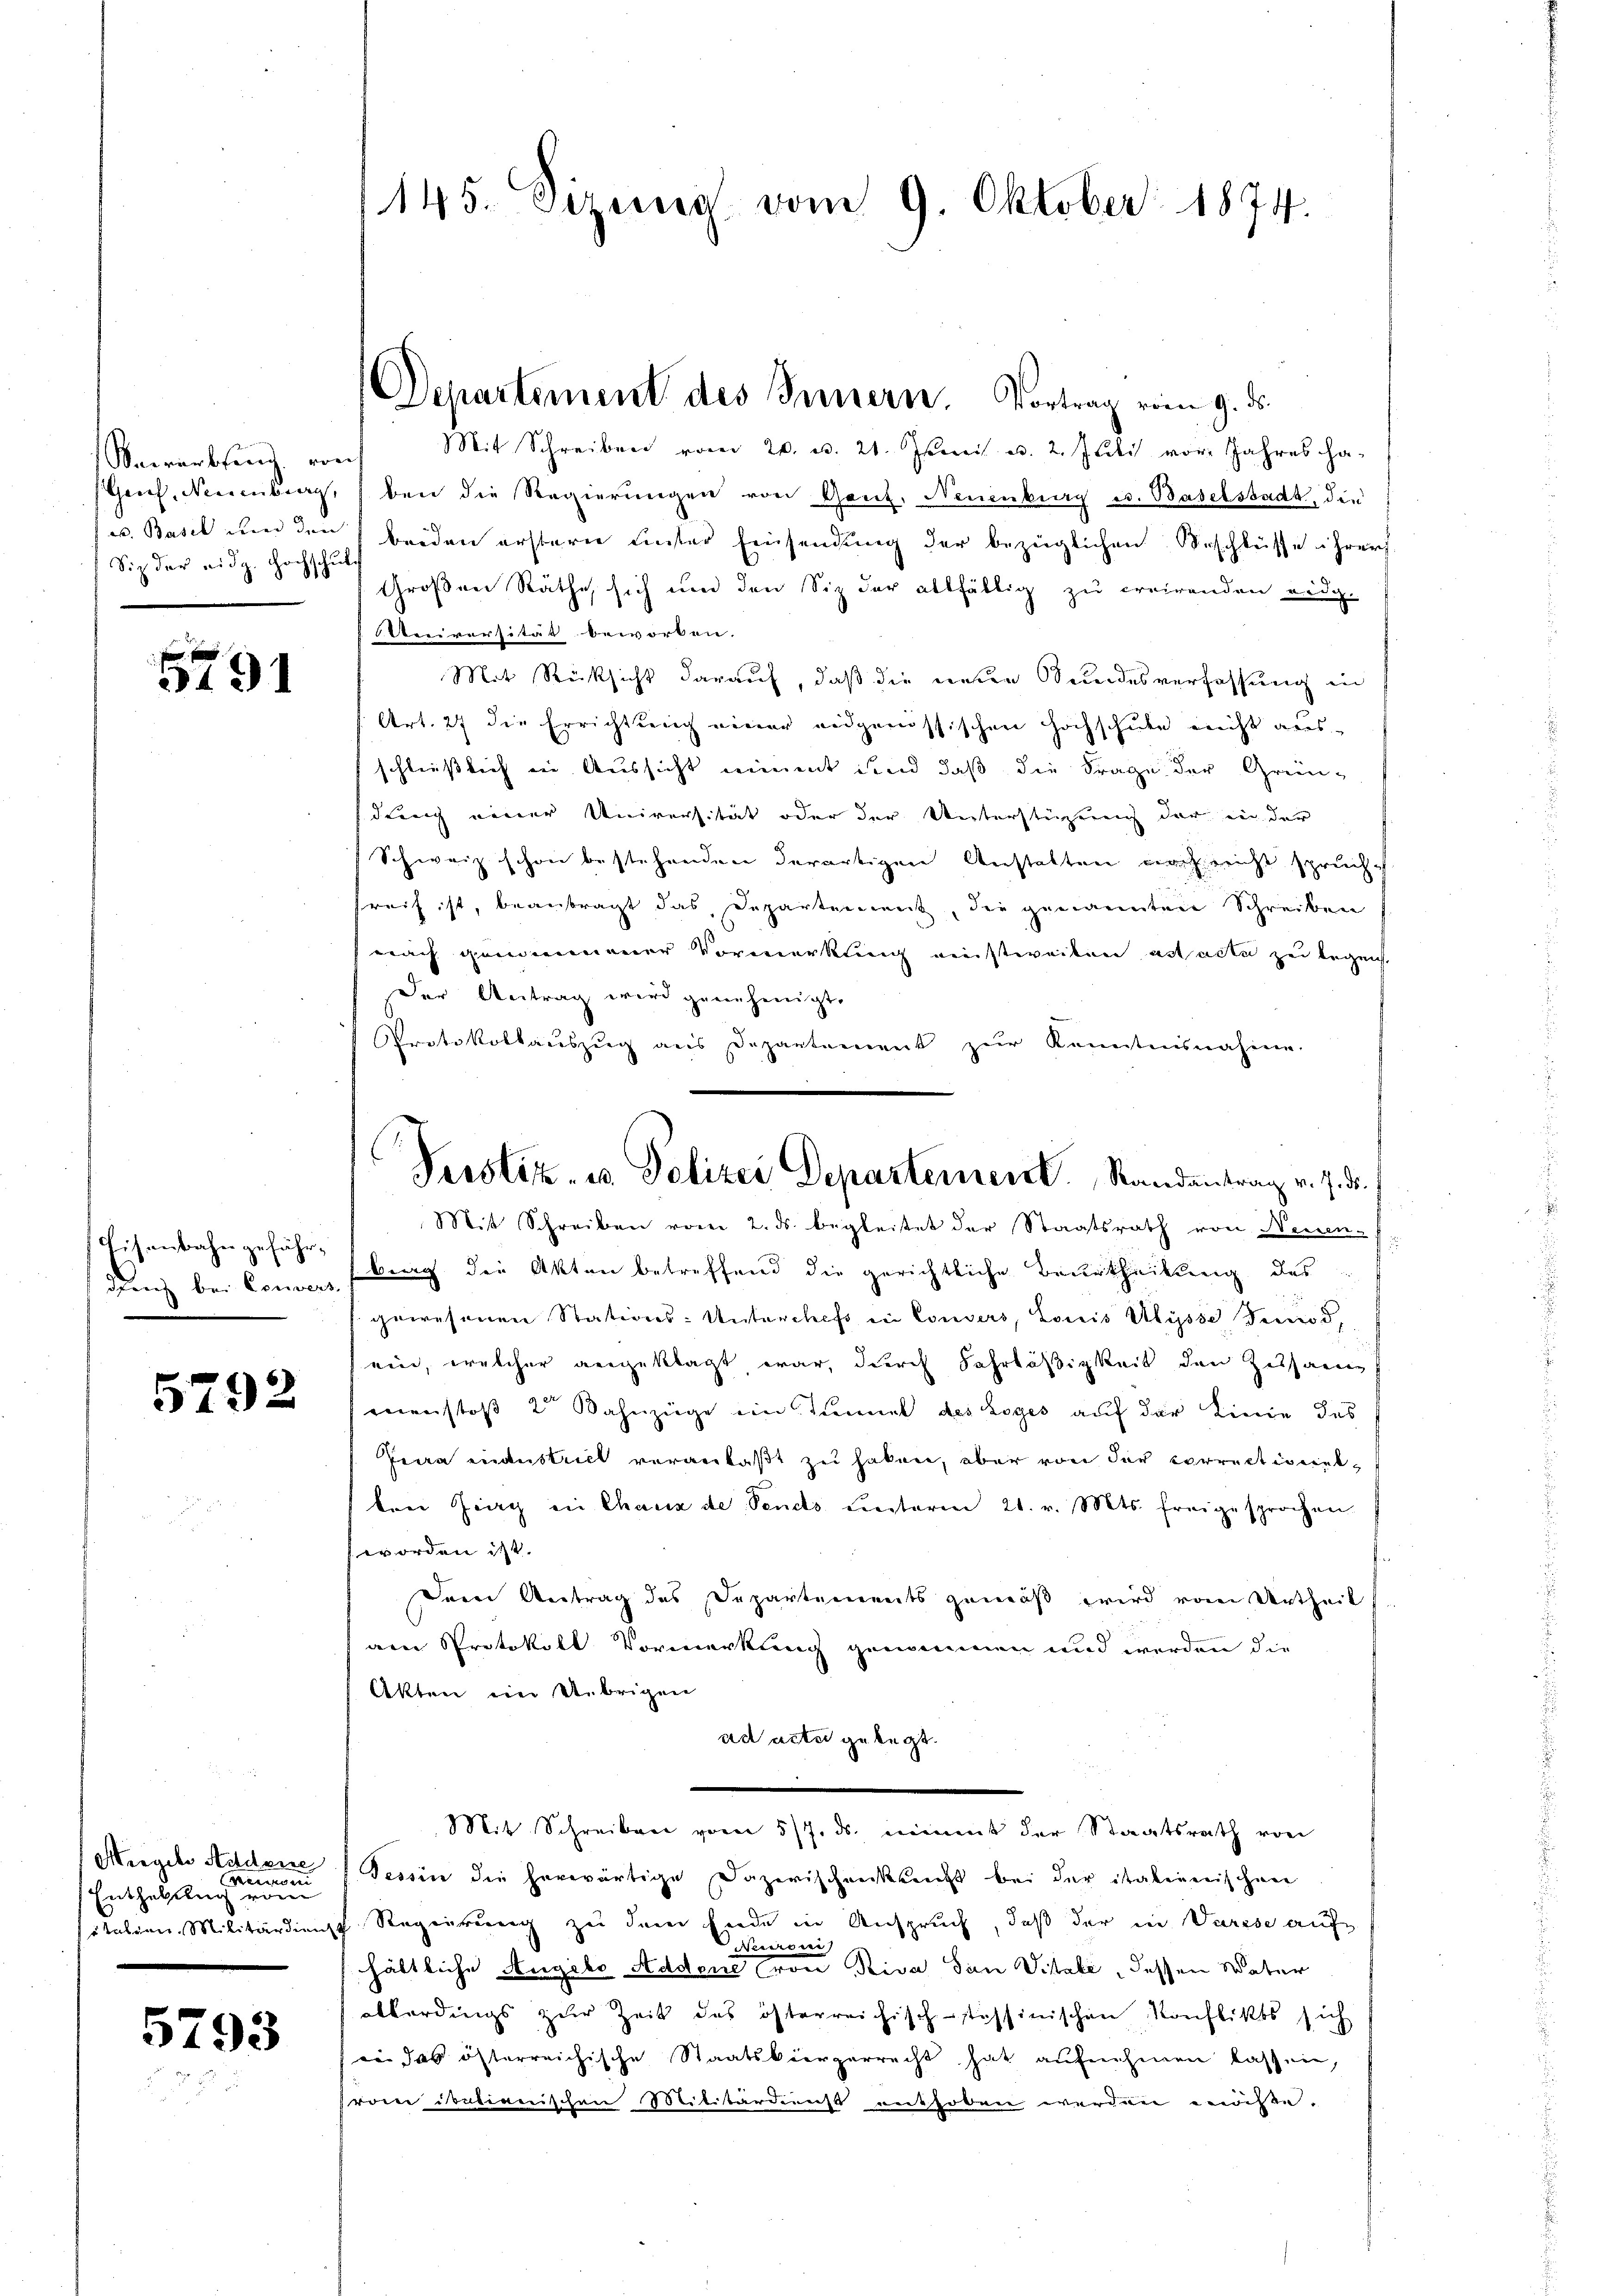
Vaerarbsing von
Gaul, Neuenburg,
a. Basil und den
Siz der eidg. Hochschul

R
5791

Eisenbahn gefähr-
denz bei Convers

5792

Hiegel Aidene
een |
Enthaltung einen
Italien. Militärdient

5793

145. Sizung vom 9. Oktober 1874.

Departement des Innern. Vortrag vom 9. ds.

Perstitz- u Polizei Departement. Randantrag v. 7. d.

Mit Schreiben vom 20. u. 21. Juni u. 2. Juli vor. Jahres ha-
ben die Regierungen von Ganz, Neuenburg u. Baselstadt, die
beiden erstern unter Einsendung der bezüglichen Beschlüsse ihrer
Großen Räthe, sich und den Siz der allfällig zu creirenden eidg-
. Universität beworken.
Mit Rücksicht darauf, daß die neue Bundesverfassung in
Art. 27 die Errichtung einer eidgenössischen Hochschule nicht aus-
schließlich in Aussicht nimmt und daß die Frage der Grün-
dung einer Universität oder der Unterstüzung der in der
Schweiz schon bestehenden derartigen Anstalten noch nicht spruch-
reif ist, beantragt das Departement, die genannten Schreiben
nach genannener Vormerkung einstweiten actacte zu begeist
Der Antrag wird genehmigt.
Protokollauszug aus Departement zur Kenntnisnahme.
Mit Schreiben vom 2. ds. begleitet der Staatsrath von Neesen-
sberg die Akten betreffend die gerichtliche Beurtheilung des
gewesenen Stations-Unterchefs in Consers, Louis Ulysse Tenod,
ein, welcher angeklagt war, durch Fahrläßigkeit den Zessanie
mnenstoß 2 Kahnzüge ein Tunnel des Loges auf der Linie das
Prira industrict veranlaßt zu haben, aber von der Vorrectiert,
ten Zeig in Chaux de Sends unterm 21. v. Mts. freigesprochen.
worden ist.
Dein Antrag des Departements gemäß wird vom Urtheil
am Protokoll Vormerkung genommen und werden die
Akten ein Uebrigen
ad acter gelegt.
Mit Schreiben vom 5/7. ds. niement der Staatsrath von
Tessin die herwärtige Dazerischenkreicht bei der italinerischen
Regierung zu dem Ende in Anspruch, daß der in Varese auf
eesen
hältliche Angelo Addene von Riva San Vitale, dessen Vater
abberdings zur Zeit des österreichisch-stössinischen Konflikts sich
ii das österreichische Staatskiergerrecht hat aufnehmen lassen,
vom dortienischen Militärdienst enthoben werden erwisse.